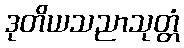
ဒုတိယသညာသုတ္တံ